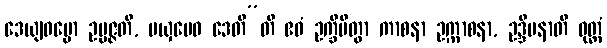
ဒေယျဓမ္မော ဥပ္ပဇ္ဇတိ, မယှမေဝ ဒေတီ”တိ ဧဝံ ဥက္ခိပိတွာ ကာစနာ ဥက္ကာစနာ, ဥဒ္ဒီပနာတိ ဝုတ္တံ